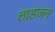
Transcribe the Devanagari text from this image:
लाडजन